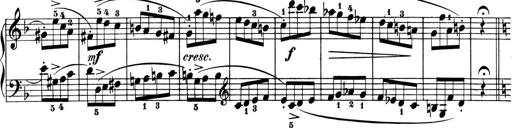
Title: 6 Piano Sonatinas
Composer: Cornelius Gurlitt